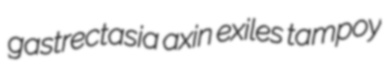
gastrectasia axin exiles tampoy